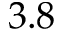
3 . 8